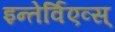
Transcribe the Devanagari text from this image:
इन्तेर्विएव्स्